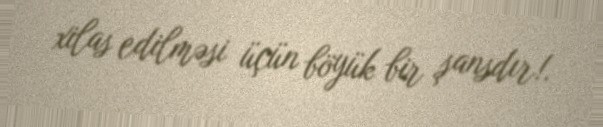
xilas edilməsi üçün böyük bir şansdır!.